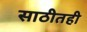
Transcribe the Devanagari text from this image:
साठीतही